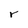
Character: r